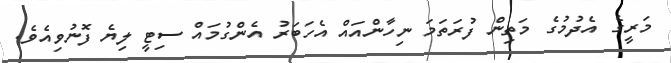
މަރީގެ އެދުމުގެ މަތިން ފުރަތަމަ ނިހާންއައް އެހަބަރު އެންގުމައް ސިޓީ ލިޔެ ފޮނުވިއެވެ.